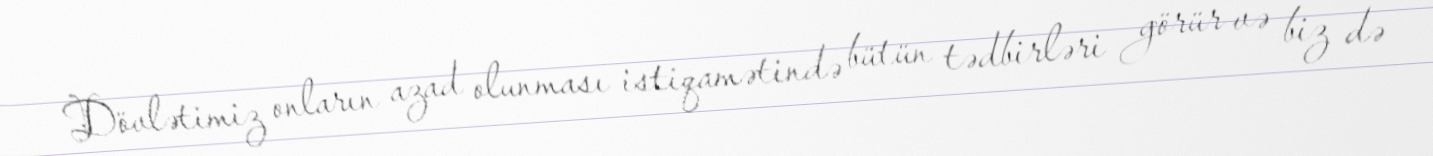
Dövlətimiz onların azad olunması istiqamətində bütün tədbirləri görür və biz də